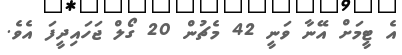
އެ ޓީމަށް އޭނާ ވަނީ 42 މެޗުން 20 ގޯލް ޖަހައިދީފަ އެވެ.